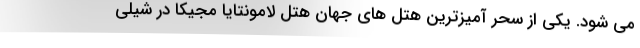
می شود. یکی از سحر آمیزترین هتل های جهان هتل لامونتایا مجیکا در شیلی